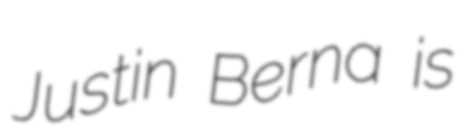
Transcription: Justin Berna is